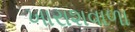
ખારાશવાળા